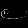
Digit: ၉